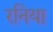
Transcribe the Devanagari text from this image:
रनिया